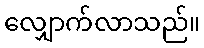
လျှောက်လာသည်။